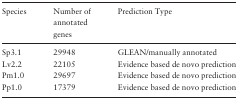
<table><thead><tr><td><b>Species</b></td><td><b>Number of annotated genes</b></td><td><b>Prediction Type</b></td></tr></thead><tbody><tr><td>Sp3.1</td><td>29948</td><td>GLEAN/manually annotated</td></tr><tr><td>Lv2.2</td><td>22105</td><td>Evidence based de novo prediction</td></tr><tr><td>Pm1.0</td><td>29697</td><td>Evidence based de novo prediction</td></tr><tr><td>Pp1.0</td><td>17379</td><td>Evidence based de novo prediction</td></tr></tbody></table>